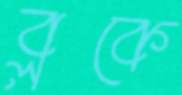
ব্লকে